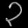
Digit: ၃